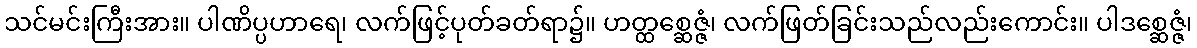
သင်မင်းကြီးအား။ ပါဏိပ္ပဟာရေ၊ လက်ဖြင့်ပုတ်ခတ်ရာ၌။ ဟတ္ထစ္ဆေဇ္ဇံ၊ လက်ဖြတ်ခြင်းသည်လည်းကောင်း။ ပါဒစ္ဆေဇ္ဇံ၊